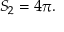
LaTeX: S _ { 2 } = 4 \pi .